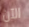
الآن